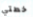
خطتي